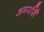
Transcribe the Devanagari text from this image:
अमरसिँ